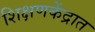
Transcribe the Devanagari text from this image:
शिक्षणकेंद्रात